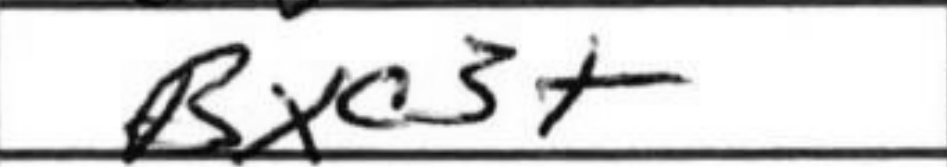
Transcription: Bxc3+